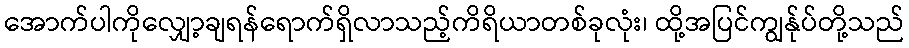
အောက်ပါကိုလျှော့ချရန်ရောက်ရှိလာသည့်ကိရိယာတစ်ခုလုံး၊ ထို့အပြင်ကျွန်ုပ်တို့သည်